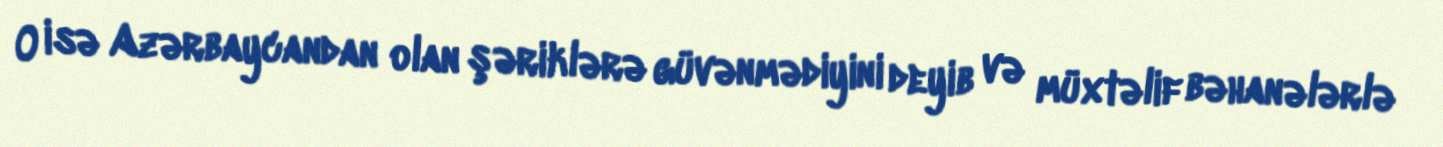
O isə Azərbaycandan olan şəriklərə güvənmədiyini deyib və müxtəlif bəhanələrlə